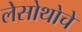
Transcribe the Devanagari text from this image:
लेसोथोचे